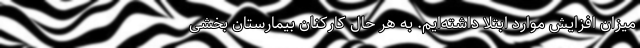
میزان افزایش موارد ابتلا داشته‌ایم. به هر حال کارکنان بیمارستان بخشی